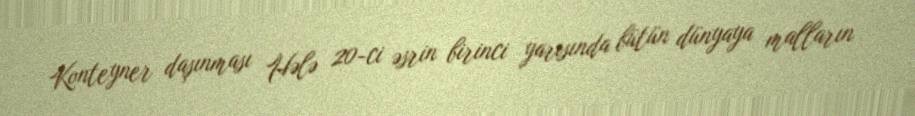
Konteyner daşınması Hələ 20-ci əsrin birinci yarısında bütün dünyaya malların